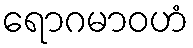
ရောဂမာဝဟံ